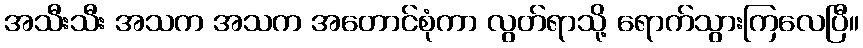
အသီးသီး အသက အသက အတောင်စုံကာ လွတ်ရာသို့ ရောက်သွားကြလေပြီ။